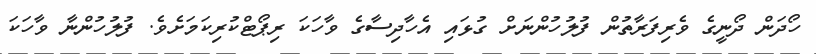
ހޯދަން ދޯނީގެ ވެރިފަރާތުން ފުލުހުންނަށް ގުޅައި އެހާދިސާގެ ވާހަކަ ރިޕޯޓްކުރިކަމަށެވެ. ފުލުހުންނާ ވާހަކަ